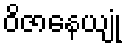
ဝိဇာနေယျုံ